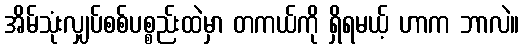
အိမ်သုံးလျှပ်စစ်ပစ္စည်းထဲမှာ တကယ်ကို ရှိရမယ့် ဟာက ဘာလဲ။